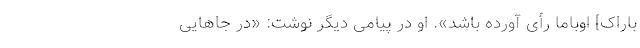
باراک] اوباما رأی آورده باشد». او در پیامی دیگر نوشت:‌ «در جاهایی